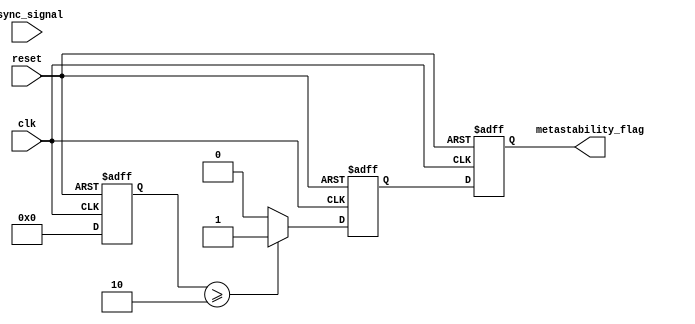
module metastability_detector (
    input wire clk,               // Sampling clock
    input wire async_signal,      // Asynchronous input signal
    input wire reset,             // Reset signal
    output reg metastability_flag  // Metastability detection flag
);

    // Parameters
    parameter NUM_SAMPLES = 4;    // Number of samples to confirm metastability
    parameter THRESHOLD = 2;       // Threshold for detecting metastability

    // Internal signals
    reg [NUM_SAMPLES-1:0] latch1_out; // Output of Latch1
    reg [NUM_SAMPLES-1:0] latch2_out; // Output of Latch2
    reg [3:0] sample_count;          // Sample counter
    reg metastable_detected;          // Intermediate metastability detection flag

    // Latch1: Sample the asynchronous signal
    always @(posedge clk or posedge reset) begin
        if (reset) begin
            latch1_out <= 0;
        end else begin
            latch1_out <= async_signal; // Sample the async signal
        end
    end

    // Latch2: Sample the output of Latch1
    always @(posedge clk or posedge reset) begin
        if (reset) begin
            latch2_out <= 0;
            sample_count <= 0;
            metastable_detected <= 0;
        end else begin
            latch2_out <= latch1_out; // Sample the output of Latch1

            // Check for metastability condition
            if (latch2_out != latch2_out) begin
                sample_count <= sample_count + 1;
            end else begin
                sample_count <= 0; // Reset count if stable
            end

            // Check if the sample count exceeds the threshold
            if (sample_count >= THRESHOLD) begin
                metastable_detected <= 1; // Metastability detected
            end else begin
                metastable_detected <= 0; // No metastability detected
            end
        end
    end

    // Output logic: Set the metastability flag
    always @(posedge clk or posedge reset) begin
        if (reset) begin
            metastability_flag <= 0;
        end else begin
            metastability_flag <= metastable_detected; // Output the detection flag
        end
    end

endmodule